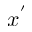
x ^ { ' }